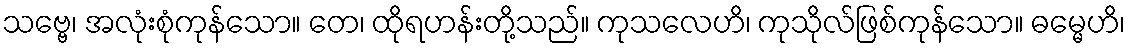
သဗ္ဗေ၊ အလုံးစုံကုန်သော။ တေ၊ ထိုရဟန်းတို့သည်။ ကုသလေဟိ၊ ကုသိုလ်ဖြစ်ကုန်သော။ ဓမ္မေဟိ၊